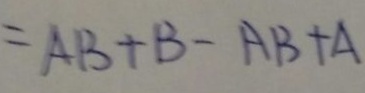
= A B + B - A B + A